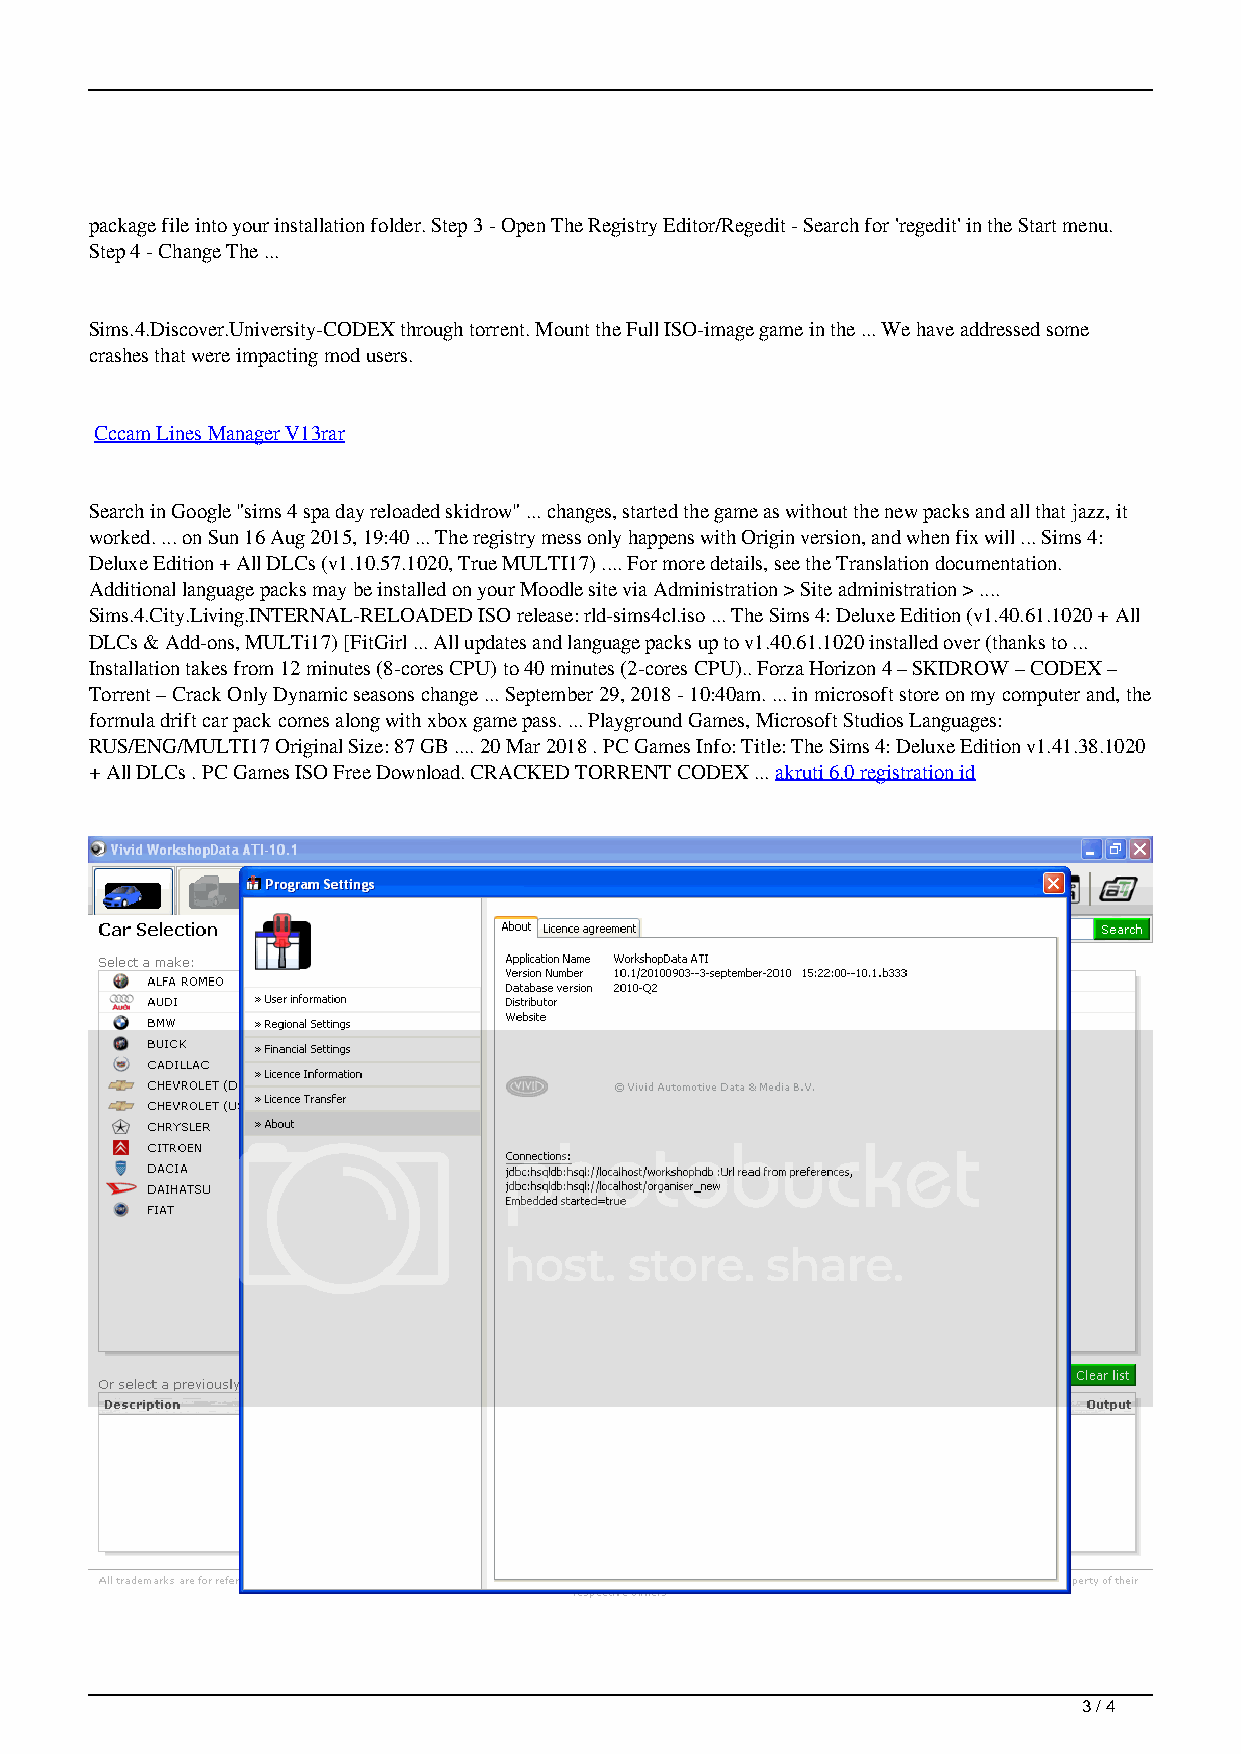
package file into your installation folder. Step 3 - Open The Registry Editor/Regedit - Search for 'regedit' in the Start menu.
 Step 4 - Change The ...
 Sims.4.Discover.University-CODEX through torrent. Mount the Full ISO-image game in the ... We have addressed some
 crashes that were impacting mod users.
 Cccam Lines Manager V13rar
 Search in Google "sims 4 spa day reloaded skidrow" ... changes, started the game as without the new packs and all that jazz, it
 worked. ... on Sun 16 Aug 2015, 19:40 ... The registry mess only happens with Origin version, and when fix will ... Sims 4:
 Deluxe Edition + All DLCs (v1.10.57.1020, True MULTI17) .... For more details, see the Translation documentation.
 Additional language packs may be installed on your Moodle site via Administration > Site administration > ....
 Sims.4.City.Living.INTERNAL-RELOADED ISO release: rld-sims4cl.iso ... The Sims 4: Deluxe Edition (v1.40.61.1020 + All
 DLCs & Add-ons, MULTi17) [FitGirl ... All updates and language packs up to v1.40.61.1020 installed over (thanks to ...
 Installation takes from 12 minutes (8-cores CPU) to 40 minutes (2-cores CPU).. Forza Horizon 4 – SKIDROW – CODEX –
 Torrent – Crack Only Dynamic seasons change ... September 29, 2018 - 10:40am. ... in microsoft store on my computer and, the
 formula drift car pack comes along with xbox game pass. ... Playground Games, Microsoft Studios Languages:
 RUS/ENG/MULTI17 Original Size: 87 GB .... 20 Mar 2018 . PC Games Info: Title: The Sims 4: Deluxe Edition v1.41.38.1020
 + All DLCs . PC Games ISO Free Download. CRACKED TORRENT CODEX ... akruti 6.0 registration id
 3 / 4